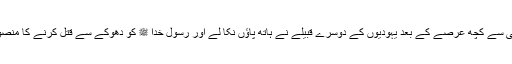
اُحد کی لڑائی سے کچھ عرصے کے بعد یہودیوں کے دوسرے قبیلے نے ہاتھ پاؤں نکا لے اور رسول خدا ﷺ کو دھوکے سے قتل کرنے کا منصوبہ باند ھا ۔